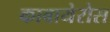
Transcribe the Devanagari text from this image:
काबायेरोस